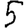
Digit: 5